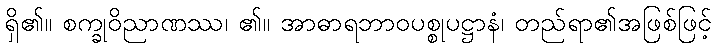
ရှိ၏။ စက္ခုဝိညာဏဿ၊ ၏။ အာဓာရဘာဝပစ္စုပဋ္ဌာနံ၊ တည်ရာ၏အဖြစ်ဖြင့်